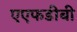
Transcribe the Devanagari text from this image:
एएफडीबी